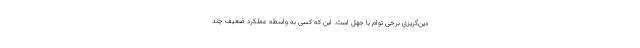
دین‌گریزی برخی توام با جهل است. این که کسی به واسطه عملکرد ضعیف چند